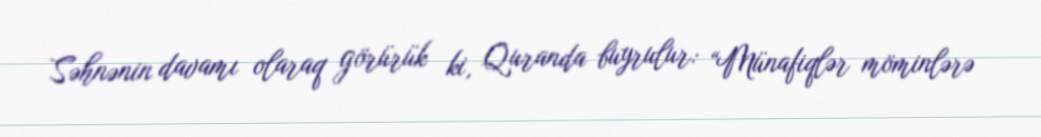
Səhnənin davamı olaraq görürük ki, Quranda buyrulur: “Münafiqlər möminlərə